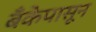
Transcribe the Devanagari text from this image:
बँकेपासून